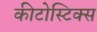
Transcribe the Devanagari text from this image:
कीटोस्टिक्स